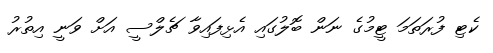
ކެޓި ފުރަތަމަ ޓީމުގެ ނަން ބޮލުގައި އެޅިފައިވާ ޗެލްސީ އަށް ވަނީ އިތުރު